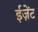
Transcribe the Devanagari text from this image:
ईज़ेंट